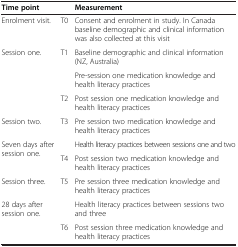
| Time point |  | Measurement |
 | --- | --- | --- |
 | Enrolment visit. | T0 | Consent and enrolment in study. In Canada baseline demographic and clinical information was also collected at this visit |
 | <ROWSPAN=3> Session one. | <ROWSPAN=2> T1 | Baseline demographic and clinical information (NZ, Australia) |
 | Pre-session one medication knowledge and health literacy practices |
 | T2 | Post session one medication knowledge and health literacy practices |
 | Session two. | <ROWSPAN=2> T3 | Pre session two medication knowledge and health literacy practices |
 | <ROWSPAN=2> Seven days after session one. | Health literacy practices between sessions one and two |
 | T4 | Post session two medication knowledge and health literacy practices |
 | Session three. | <ROWSPAN=2> T5 | Pre session three medication knowledge and health literacy practices |
 | <ROWSPAN=2> 28 days after session one. | Health literacy practices between sessions two and three |
 | T6 | Post session three medication knowledge and health literacy practices |